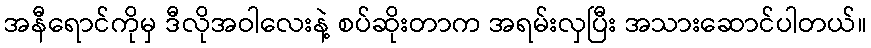
အနီရောင်ကိုမှ ဒီလိုအဝါလေးနဲ့ စပ်ဆိုးတာက အရမ်းလှပြီး အသားဆောင်ပါတယ်။